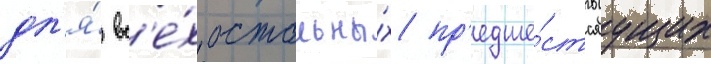
дл'я́ вс'е́х остальны́х пр'едше́ствуущих